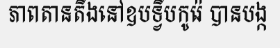
ភាពតានតឹងនៅឧបទ្វីបកូរ៉េ បានបង្ក